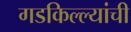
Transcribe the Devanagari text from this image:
गडकिल्ल्यांची